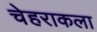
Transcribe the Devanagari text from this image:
चेहराकला